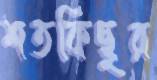
শতকিছুর